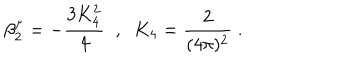
\beta _ { 2 } ^ { \mu } = - \frac { 3 K _ { 4 } ^ { 2 } } { 4 } \; \; , \; \; K _ { 4 } = \frac { 2 } { ( 4 \pi ) ^ { 2 } } \; .